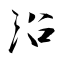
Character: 沿